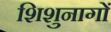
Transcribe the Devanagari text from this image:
शिशुनागों